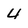
Character: 4